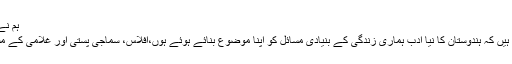
ہم نے کہا کہ:
ہم چاہتے ہیں کہ ہندوستان کا نیا ادب ہماری زندگی کے بنیادی مسائل کو اپنا موضوع بنائے ہوئے ہوں،افلاس، سماجی پستی اور غلامی کے مسائل ہیں۔